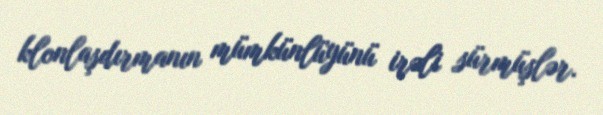
klonlaşdırmanın mümkünlüyünü irəli sürmüşlər.